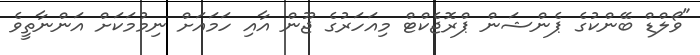
"ވޯލްޑް ބޭންކުގެ ޕެންޝަން ޕްރޮޖެކްޓް މިއަހަރުގެ ޖޫން އާއި ހަމައަށް ނިމުމަކަށް އަންނާތީވެ